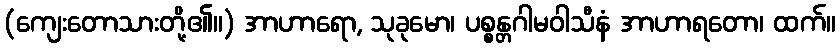
(ကျေးတောသားတို့၏။) အာဟာရော, သုခုမော၊ ပစ္စန္တဂါမဝါသီနံ အာဟာရတော၊ ထက်။